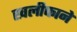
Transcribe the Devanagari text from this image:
खलीफाने